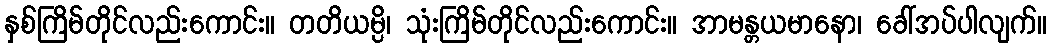
နှစ်ကြိမ်တိုင်လည်းကောင်း။ တတိယမ္ပိ၊ သုံးကြိမ်တိုင်လည်းကောင်း။ အာမန္တယမာနော၊ ခေါ်အပ်ပါလျက်။